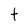
Character: t